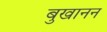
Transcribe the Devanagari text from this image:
बुखानन